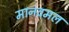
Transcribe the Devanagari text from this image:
मानवमल